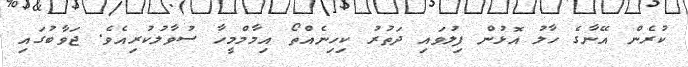
ކުރެން އޭނާގެ ހާލު އޮޅުން ފިލުވައި ދަތުރު ކިހިނެއްތޯ އިމާމްމީހާ ސުވާލުކުރިއެވެ. ޖަވާބުގައި